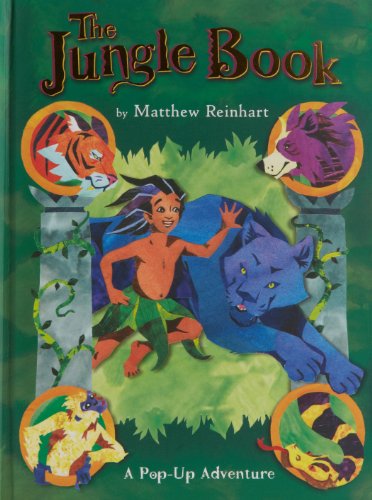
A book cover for The Jungle Book: A Pop-Up Adventure (Classic Collectible Pop-Ups); Matthew Reinhart; Children's Books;